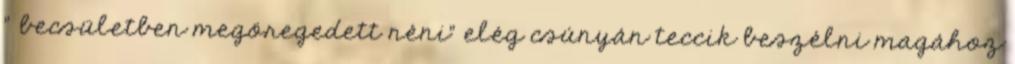
” becsületben megöregedett néni” elég csúnyán teccik beszélni magához